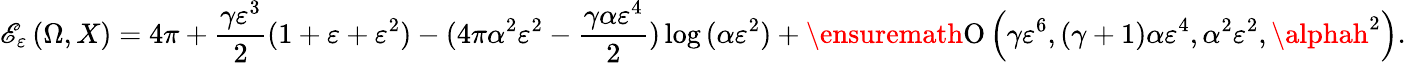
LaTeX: \mathscr{E}_{\varepsilon}\left(\Omega,X\right)=4\pi+\frac{{\gamma\varepsilon^{3}}}{{2}}(1+\varepsilon+\varepsilon^{2})-(4\pi\alpha^{2}\varepsilon^{2}-\frac{{\gamma\alpha\varepsilon^{4}}}{{2}})\log{(\alpha\varepsilon^{2})}+\ensuremath{{\operatorname{O}\left(\gamma\varepsilon^{6},(\gamma+1)\alpha\varepsilon^{4},\alpha^{2}\varepsilon^{2},\alphah^{2}\right)}}.